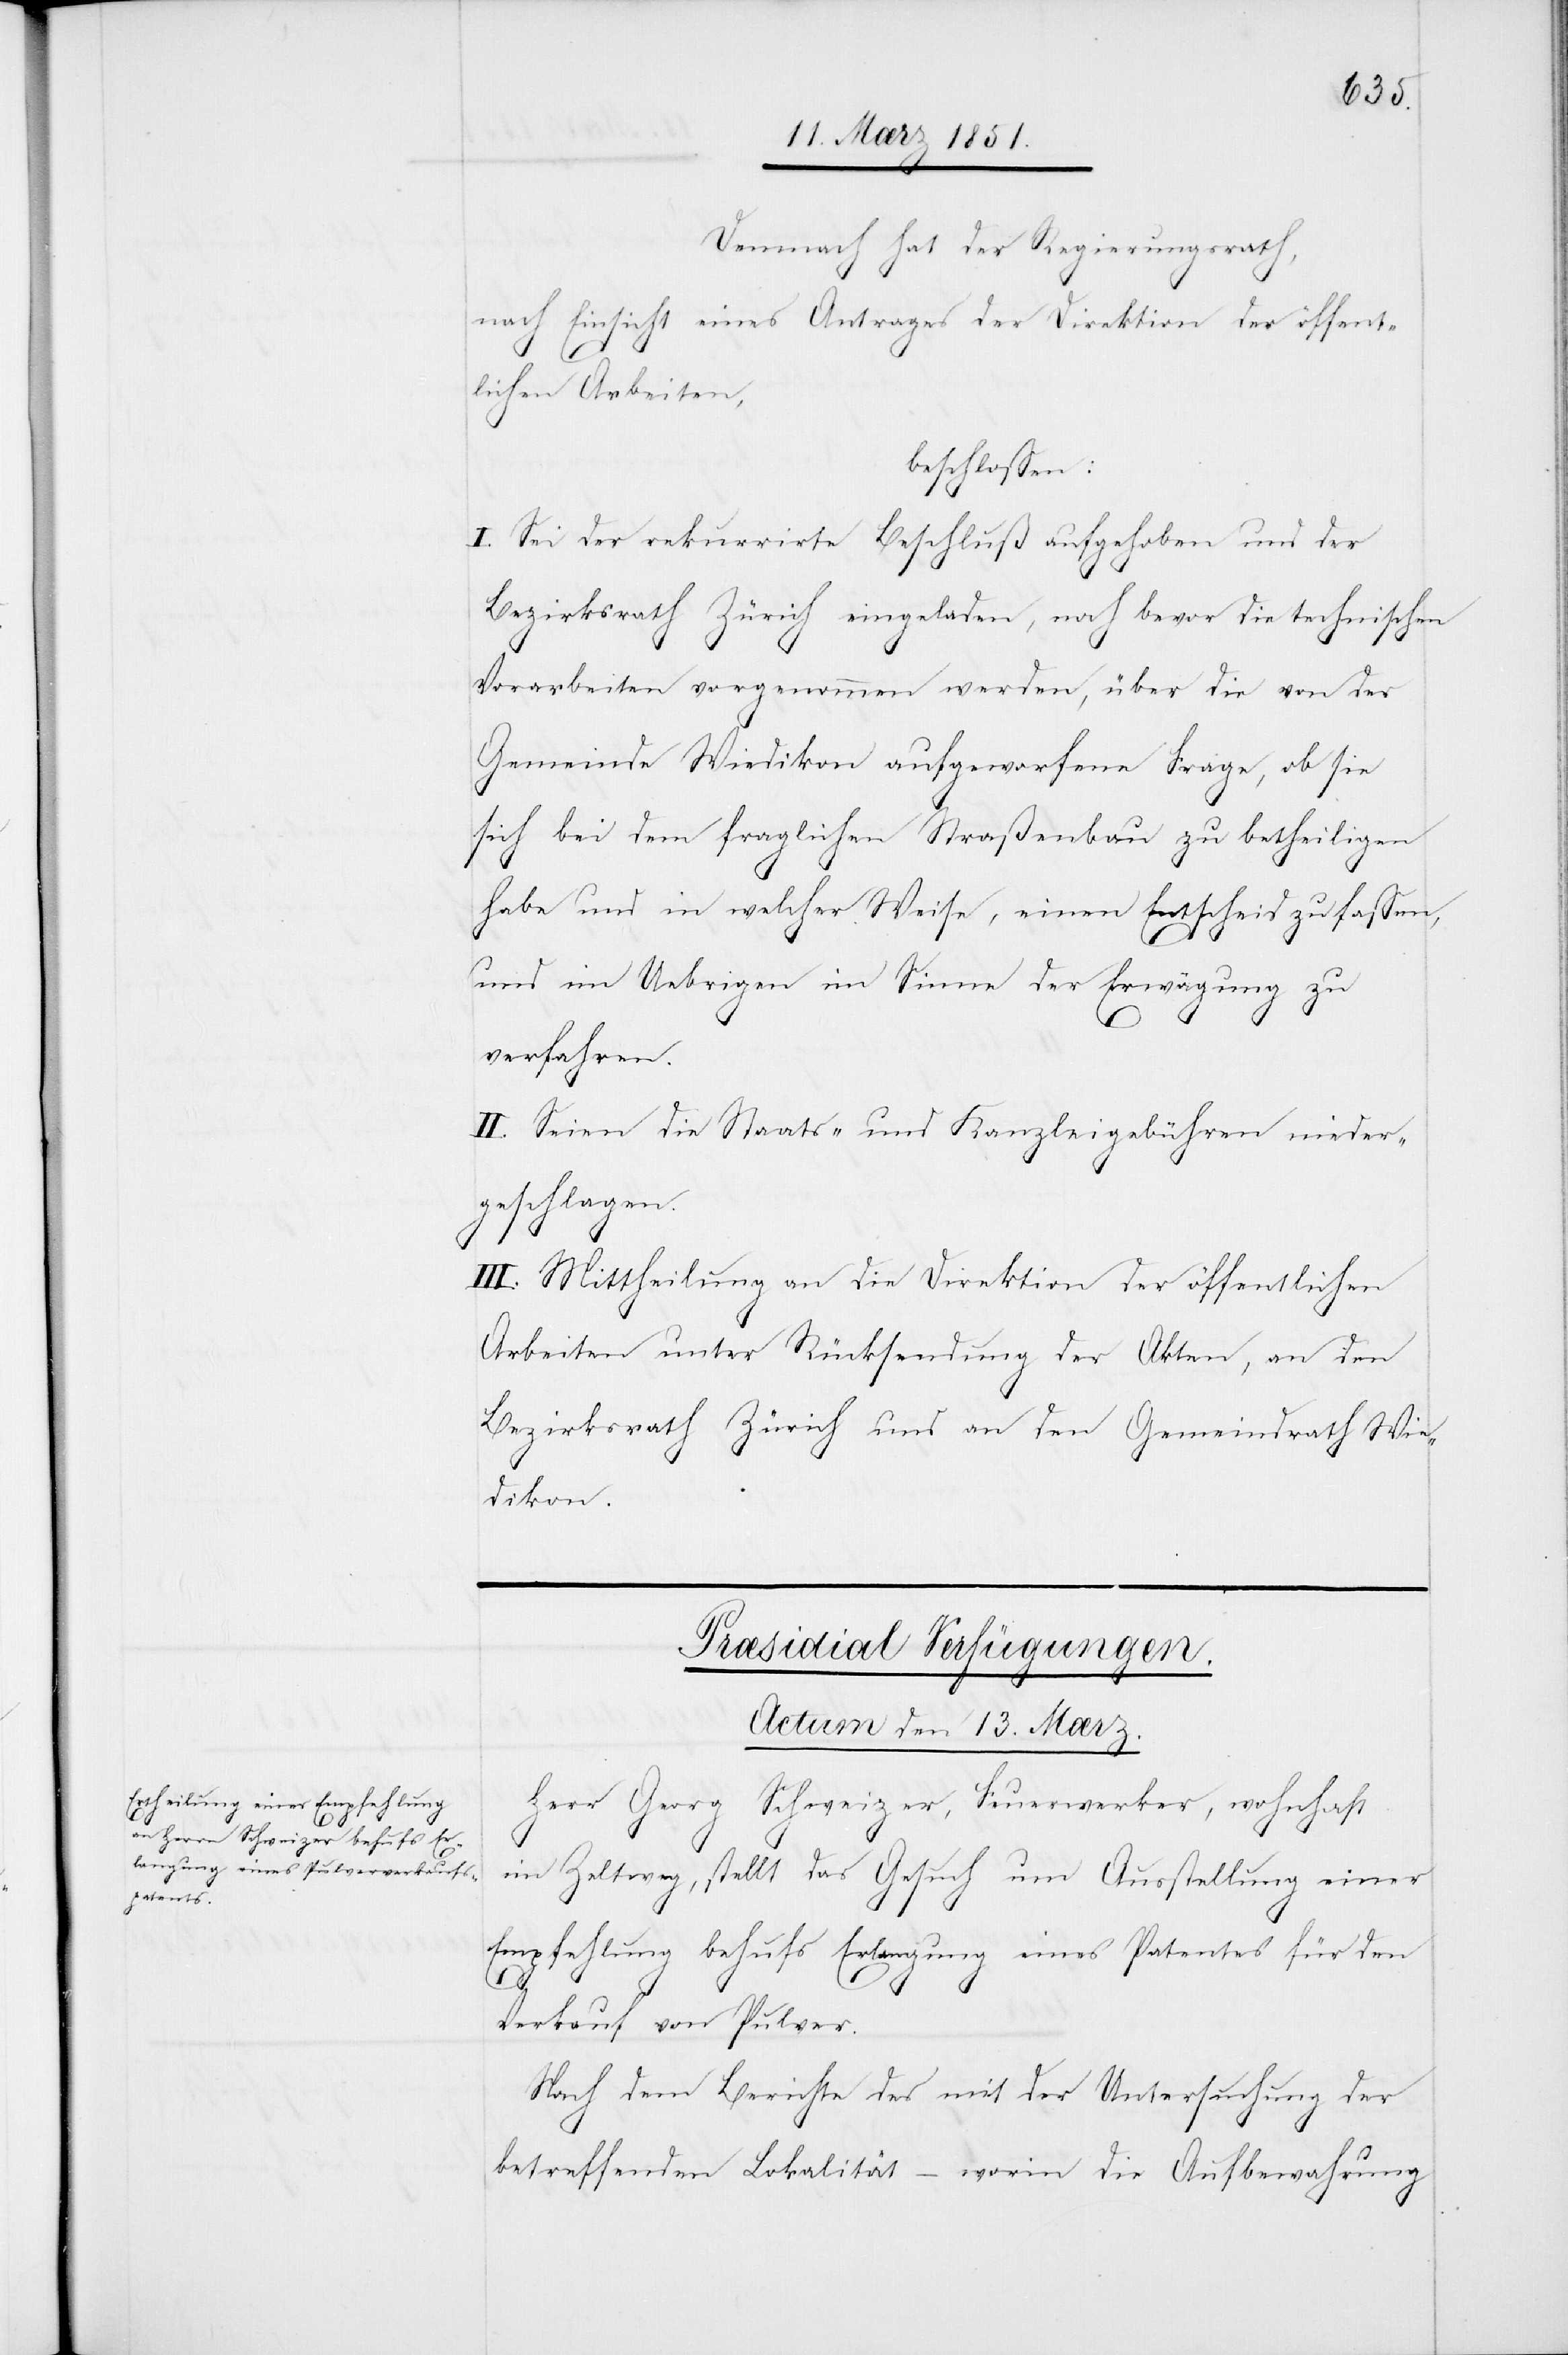
Demnach hat der Regierungsrath,
nach Einsicht eines Antrages der Direktion der öffent¬
lichen Arbeiten,
beschlossen:
I. Sei der rekurrirte Beschluß aufgehoben und der
Bezirksrath Zürich eingeladen, noch bevor die technischen
Vorarbeiten vorgenommen werden, über die von der
Gemeinde Wiedikon aufgeworfene Frage, ob sie
sich bei dem fraglichen Straßenbau zu betheiligen
habe und in welcher Weise, einen Entscheid zu fassen,
und im Uebrigen im Sinne der Erwägung zu
verfahren.
II. Seien die Staats- und Kanzleigebühren nieder¬
geschlagen.
III. Mittheilung an die Direktion der öffentlichen
Arbeiten unter Rücksendung der Akten, an den
Bezirksrath Zürich und an den Gemeindrath Wie¬
dikon.
Præsidial Verfügungen.
Actum den 13. Mærz.
Herr Georg Schweizer, Feuerwerker, wohnhaft
im Zeltweg, stellt das Gesuch um Ausstellung einer
Empfehlung behufs Erlangung eines Patentes für den
Verkauf von Pulver.
Nach dem Berichte des mit der Untersuchung der
betreffenden Lokalität – worin die Aufbewahrung